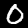
Label: 0